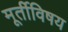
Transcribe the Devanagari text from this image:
मूर्तीविषय